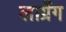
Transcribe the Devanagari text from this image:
लाग्रेंग